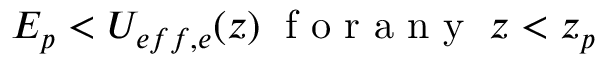
E _ { p } < U _ { e f f , e } ( z ) \; \mathrm { ~ f ~ o ~ r ~ a ~ n ~ y ~ } \; z < z _ { p }